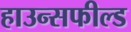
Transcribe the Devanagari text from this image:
हाउन्सफील्ड